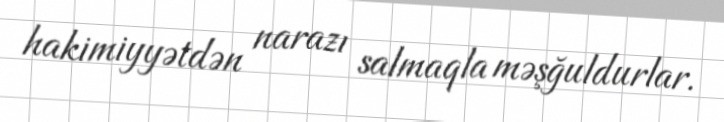
hakimiyyətdən narazı salmaqla məşğuldurlar.